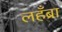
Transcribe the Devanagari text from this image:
लहँब्रा